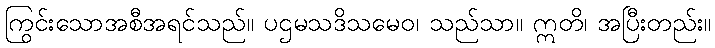
ကြွင်းသောအစီအရင်သည်။ ပဌမသဒိသမေဝ၊ သည်သာ။ ဣတိ၊ အပြီးတည်း။